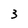
Character: 3